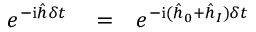
\begin{array} { r l r } { e ^ { - \mathrm { i } \hat { h } \delta t } } & { { } = } & { e ^ { - \mathrm { i } ( \hat { h } _ { 0 } + \hat { h } _ { I } ) \delta t } } \end{array}